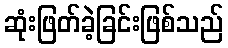
ဆုံးဖြတ်ခဲ့ခြင်းဖြစ်သည်